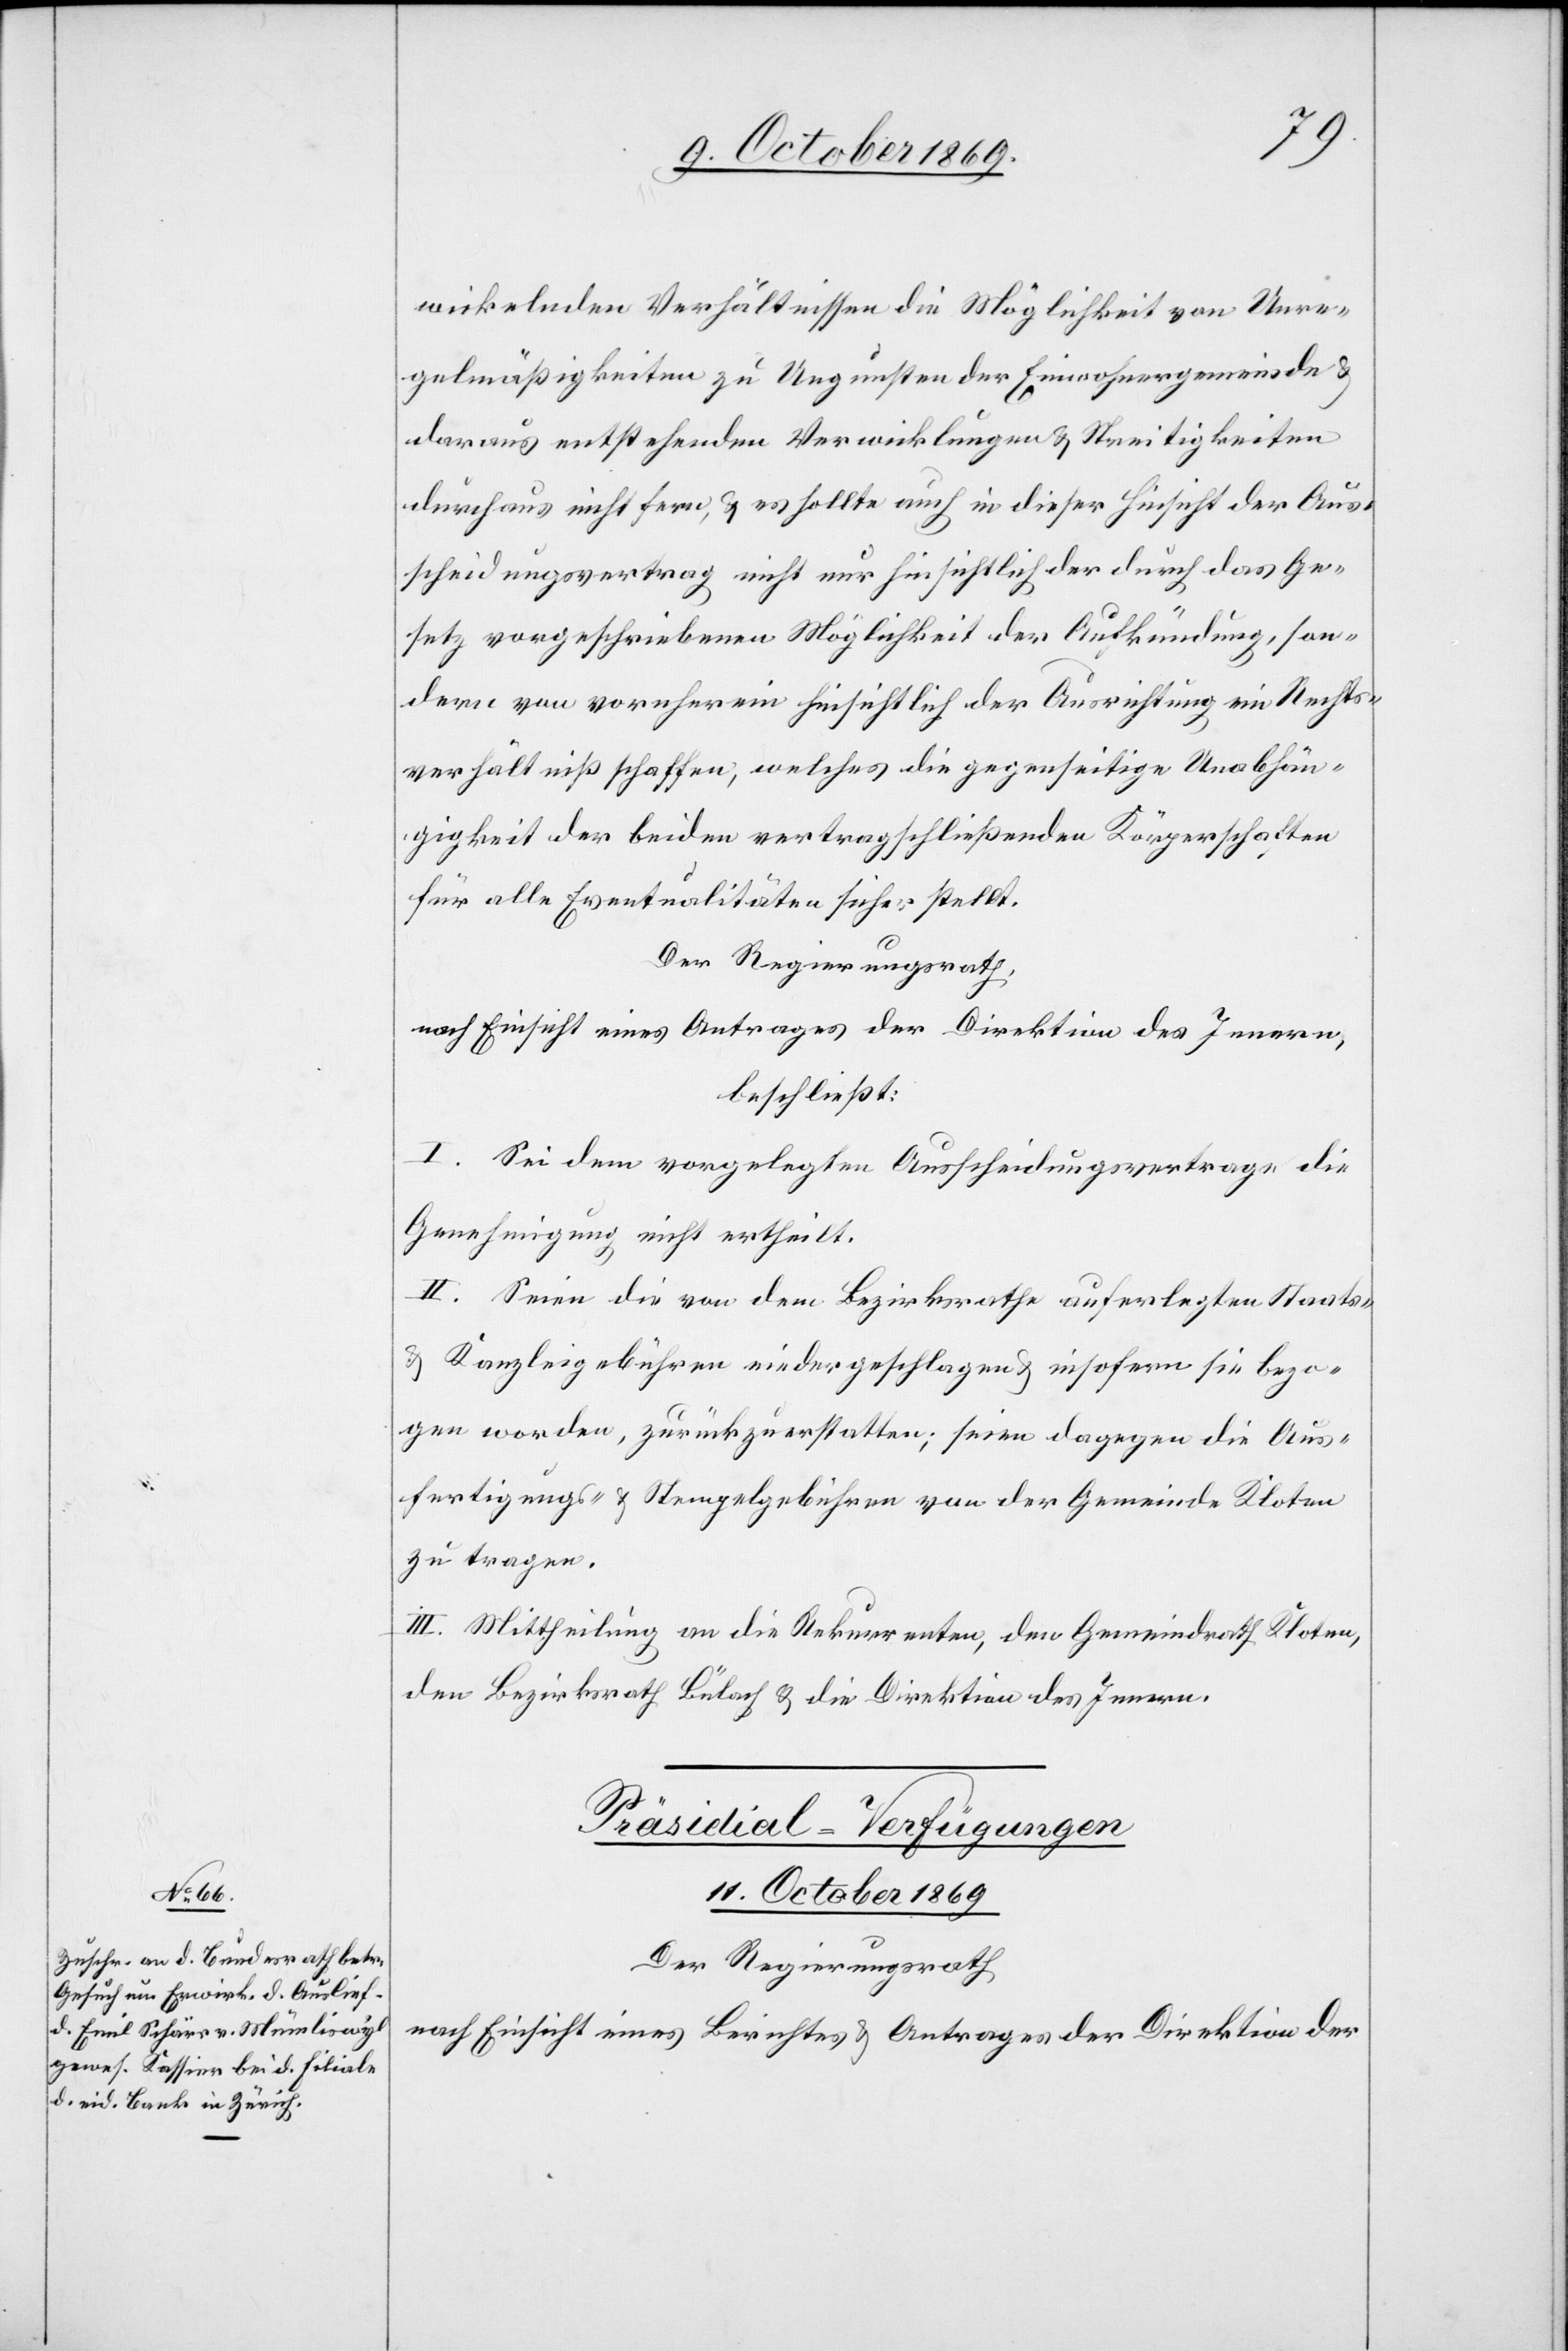
wickelnden Verhältnissen die Möglichkeit von Unre¬
gelmäßigkeiten zu Ungunsten der Einwohnergemeinde &
daraus entstehenden Verwicklungen & Streitigkeiten
durchaus nicht fern, & es sollte auch in dieser Hinsicht der Aus¬
scheidungsvertrag nicht nur hinsichtlich der durch das Ge¬
setz vorgeschriebenen Möglichkeit der Aufkündung, son¬
dern von vornherein hinsichtlich der Ausrichtung ein Rechts¬
verhältniß schaffen, welches die gegenseitige Unabhän¬
gigkeit der beiden vertragschließenden Körperschaften
für alle Eventualitäten sicher stellt.
Der Regierungsrath,
nach Einsicht eines Antrages der Direktion des Innern,
beschließt:
I. Sei dem vorgelegten Ausscheidungsvertrage die
Genehmigung nicht ertheilt.
II. Seien die von dem Bezirksrathe auferlegten Staats-
& Kanzleigebühren niedergeschlagen & insofern sie bezo¬
gen worden, zurückzuerstatten; seien dagegen die Aus¬
fertigungs- & Stempelgebühren von der Gemeinde Kloten
zu tragen.
III. Mittheilung an die Rekurrenten, den Gemeindrath Kloten,
den Bezirksrath Bülach & die Direktion des Innern.
Präsidial-Verfügungen
11. October 1869
Der Regierungsrath
nach Einsicht eines Berichtes & Antrages der Direktion der